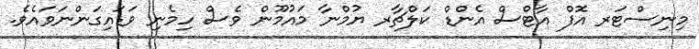
މިނިސްޓަރ އޮފް އާޓްސް އެންޑް ކަލްޗާރ ޔުމްނާ މައުމޫން ވެސް ހިމެނި ވަޑައިގަންނަވައެވެ.